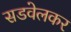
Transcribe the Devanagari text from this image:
सडवेलकर